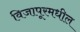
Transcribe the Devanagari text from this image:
विजापूरमधील